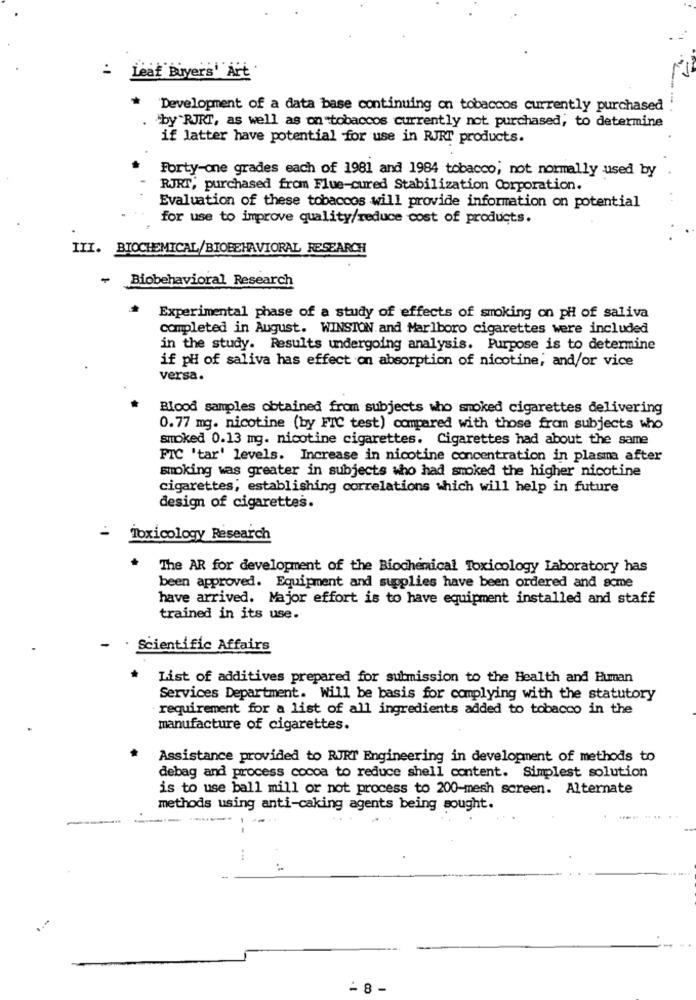
: Leat Buyers' Art.
Development of a data base continuing on tobaccos currently purchased
'by "RJRT, as well as on tobaccos currently not purchased, to determine
if latter have potential for use in RJRT products.
Forty-one grades each of 1981 and 1984 tobacco; not normally used by
RJRT, purchased from Flue-cured Stabilization Corporation.
Evaluation of these tobaccos will provide information on potential
for use to improve quality/reduce cost of products.
III. BIOCHEMICAL/BIOBEHAVIORAL RESEARCH
- Biobehavioral Research
Experimental phase of a study of effects of smoking on pHi of saliva
completed in August. WINSTON and Marlboro cigarettes were included
in the study. Results undergoing analysis. Purpose is to determine
if pH of saliva has effect on absorption of nicotine; and/or vice
versa.
Blood samples obtained from subjects who smoked cigarettes delivering
0.77 mg. nicotine (by FIC test) compared with those from subjects who
smoked 0.13 mg. nicotine cigarettes. Cigarettes had about the same
FIC 'tar' levels. Increase in nicotine concentration in plasma after
smoking was greater in subjects who had smoked the higher nicotine
cigarettes, establishing correlations which will help in future
design of cigarettes.
Toxicology Research
The AR for development of the Biochemical Toxicology Laboratory has
been approved. Equipment and supplies have been ordered and some
have arrived. Major effort is to have equipment installed and staff
trained in its use.
. Scientific Affairs
List of additives prepared for submission to the Health and Human
Services Department. Will be basis for complying with the statutory
requirement for a list of all ingredients added to tobacco in the
manufacture of cigarettes.
Assistance provided to RJRT Engineering in development of methods to
debag and process cocoa to reduce shell content. Simplest solution
is to use ball mill or not process to 200-mesh screen. Alternate
methods using anti-caking agents being sought.
-
=8-